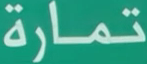
تمارة